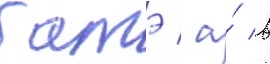
батэ / а́ в